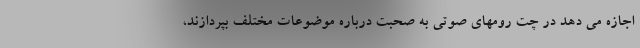
اجازه می دهد در چت رومهای صوتی به صحبت درباره موضوعات مختلف بپردازند،